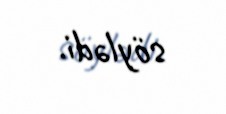
söylədi.